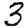
Digit: 3